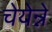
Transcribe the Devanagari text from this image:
चेयेन्ने